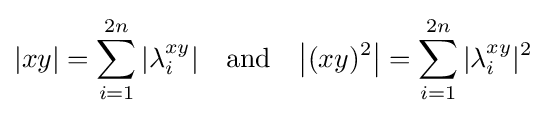
|xy|=\sum _{i=1}^{2n}|\lambda _{i}^{xy}|\quad {\text{and}}\quad {\big |}(xy)^{2}{\big |}=\sum _{i=1}^{2n}|\lambda _{i}^{xy}|^{2}{\,}